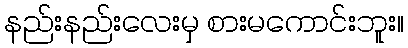
နည်းနည်းလေးမှ စားမကောင်းဘူး။